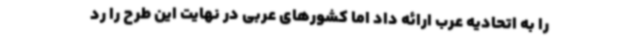
را به اتحادیه عرب ارائه داد اما کشورهای عربی در نهایت این طرح را رد